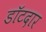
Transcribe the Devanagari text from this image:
डॉटदार